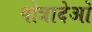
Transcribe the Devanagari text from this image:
पोत्रादेओ